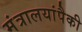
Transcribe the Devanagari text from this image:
मंत्रालयांपैकी